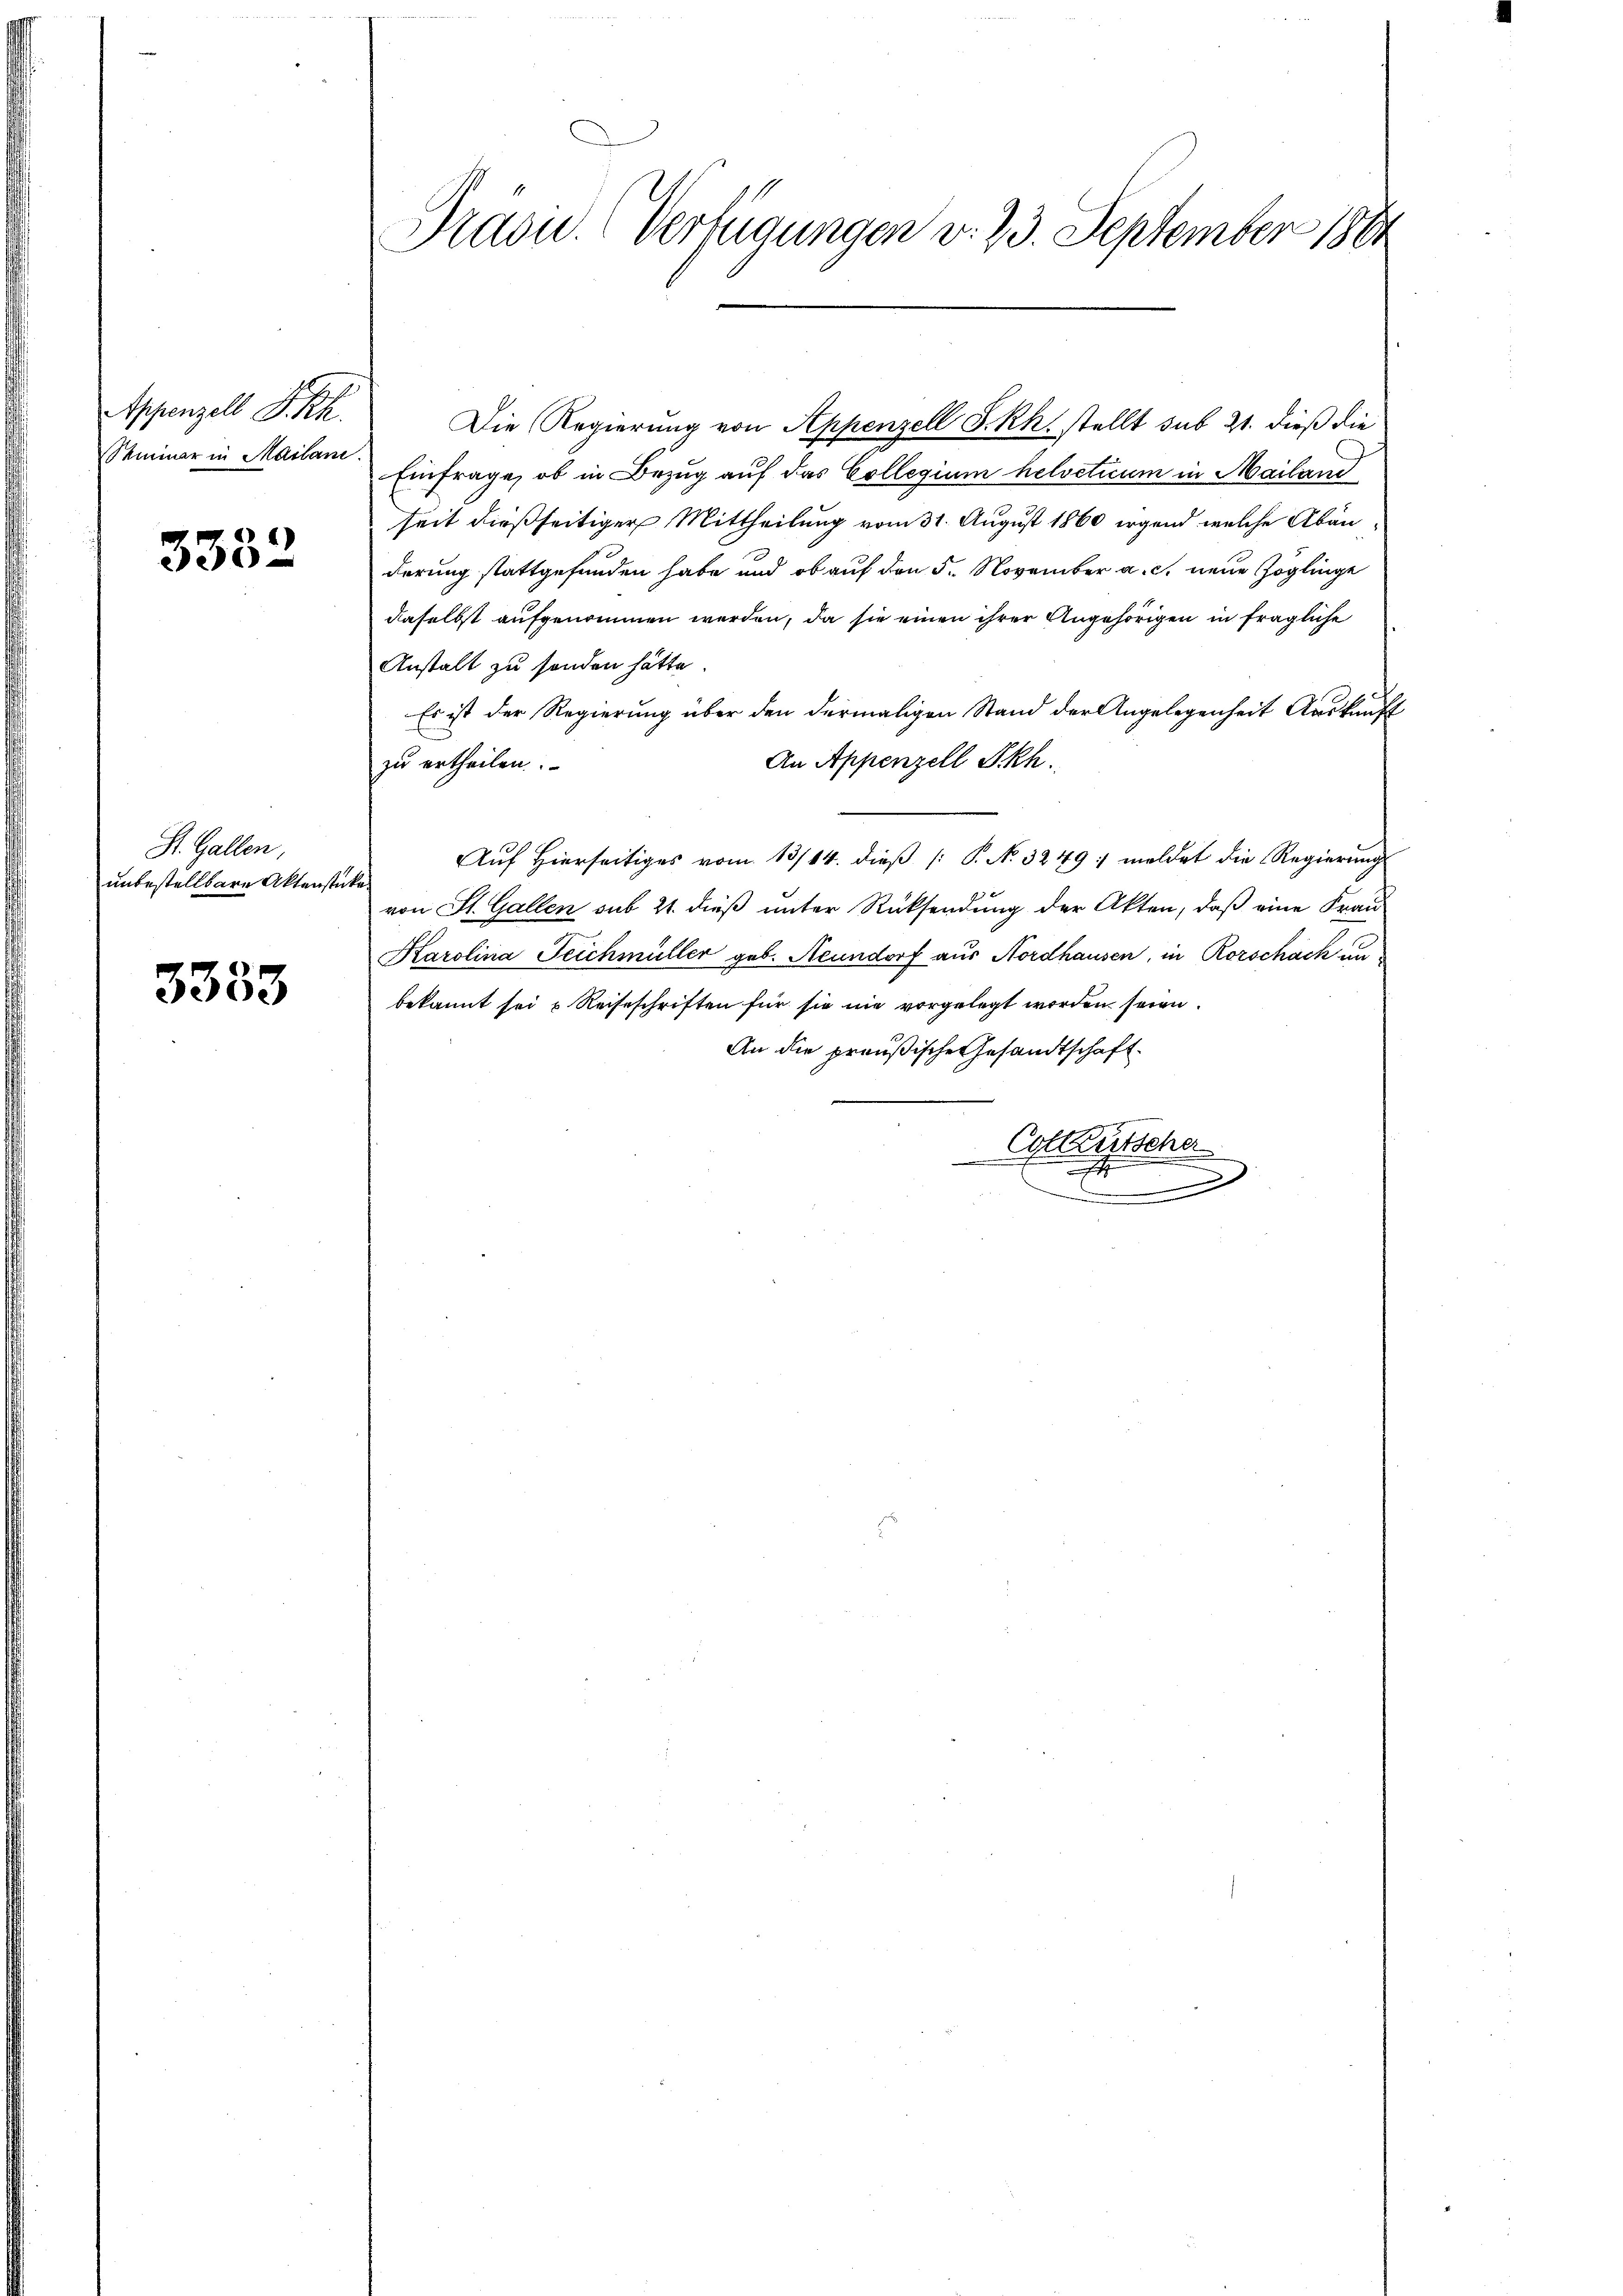
Appenzell P. Rh.
Semmer in Mailane.

3332

St. Gallen,
unbestellbare Aktenstücke

3333

Präsid.. Verfügungen v. 23. September 1861

Die Regierung von Appenzell S. Rh. stellt sub 21. dieß die
Einfrage, ob in Bezug auf das Collegium helveticum in Mailand
seit dießseitiger Mittheilung vom 31. August 1860 irgend welche Abänderung stattgefunden habe und ob auf den 5. November a. c. neue Zöglinge
daselbst aufgenommen werden, da sie einen ihrer Angehörigen in fragliche
Anstalt zu sonden hätte.
Es ist der Regierung über den dermaligen Stand der Angelegenheit Auskunft
An Appenzell Skh.
zu ertheilen.
Auf Hierseitiges vom 13/14. dieß P. N. 3249: meldet die Regierung
von St. Gallen sub 21. dieß unter Rücksendung der Akten, daß eine Frau
Karolina Teichmüller geb. Neundorf aus Nordhausen, in Rorschack an
bekannt sei u Reiseschriften für sie nie vorgelegt worden seien.
An die preußische Gesandtschaft.
Colletsche
.
.